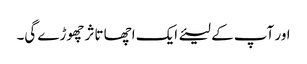
اور آپ کے لیئے ایک اچھا تاثر چھوڑے گی۔